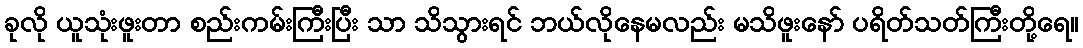
ခုလို ယူသုံးဖူးတာ စည်းကမ်းကြီးပြီး သာ သိသွားရင် ဘယ်လိုနေမလည်း မသိဖူးနော် ပရိတ်သတ်ကြီးတို့ရေ။